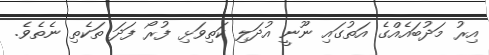
އިރު މަދުބައެއްގެ އަތުގައި ނޫނީ އުދަލި ކަތިވަޅި ފުރޯ ފަދަ ތަކެތި ނެތެވެ.